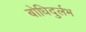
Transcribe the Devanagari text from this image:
बोधिदुर्लभ